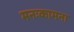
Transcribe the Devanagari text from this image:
मनःकामना